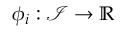
\phi _ { i } : \mathcal { I } \to \mathbb { R }